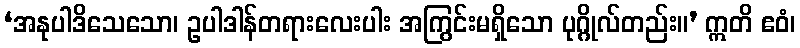
‘အနုပါဒိသေသော၊ ဥပါဒါန်တရားလေးပါး အကြွင်းမရှိသော ပုဂ္ဂိုလ်တည်း။’ ဣတိ ဧဝံ၊